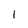
Character: 1